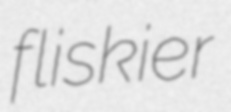
fliskier